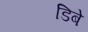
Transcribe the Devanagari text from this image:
डिबे